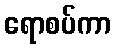
ရောစပ်ကာ